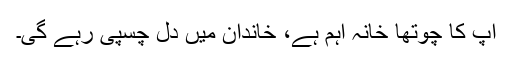
آپ کا چوتھا خانہ اہم ہے، خاندان میں دل چسپی رہے گی۔